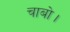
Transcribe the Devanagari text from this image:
चाबो।